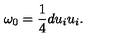
\omega _ { 0 } = \frac 1 4 d u _ { i } u _ { i } .